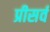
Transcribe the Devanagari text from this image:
प्रीसर्व